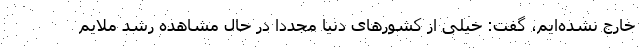
خارج نشده‌ایم، گفت: خیلی از کشورهای دنیا مجددا در حال مشاهده رشد ملایم